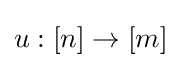
u:[n]\to [m]